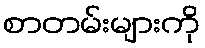
စာတမ်းများကို